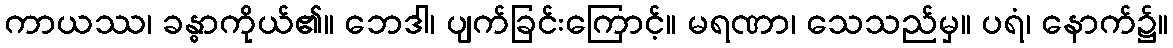
ကာယဿ၊ ခန္ဓာကိုယ်၏။ ဘေဒါ၊ ပျက်ခြင်းကြောင့်။ မရဏာ၊ သေသည်မှ။ ပရံ၊ နောက်၌။